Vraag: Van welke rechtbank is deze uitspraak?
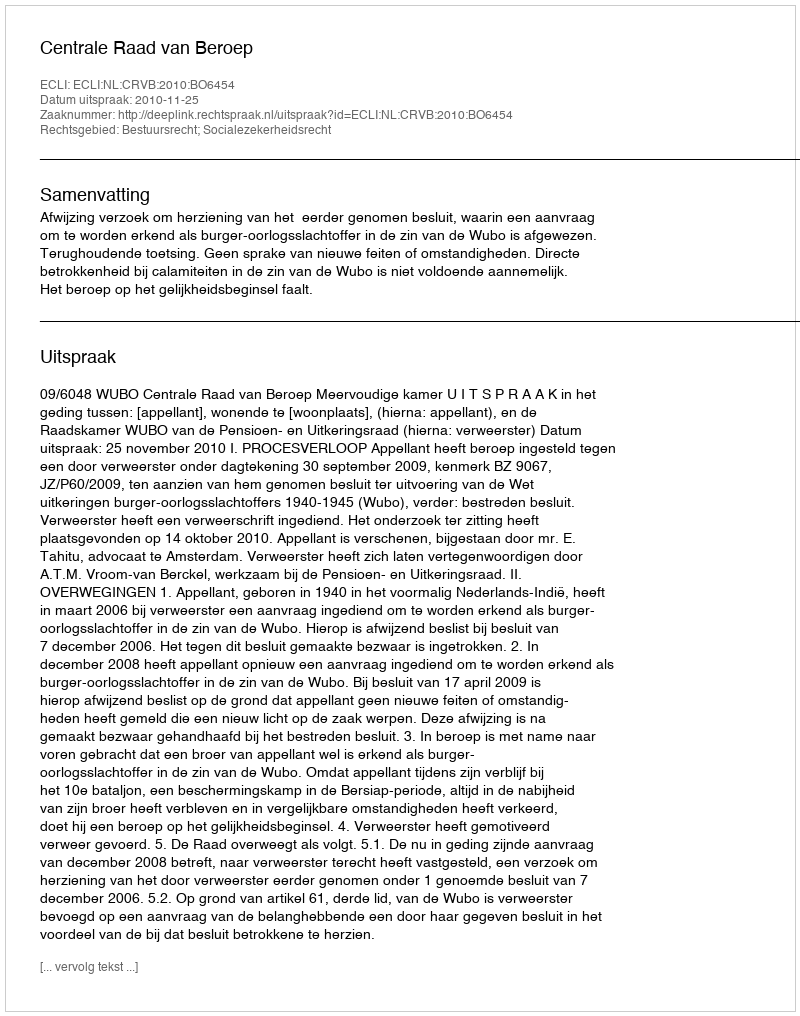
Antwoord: Centrale Raad van Beroep